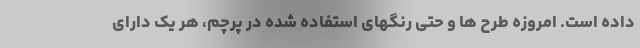
داده است. امروزه طرح ها و حتی رنگهای استفاده شده در پرچم، هر یک دارای